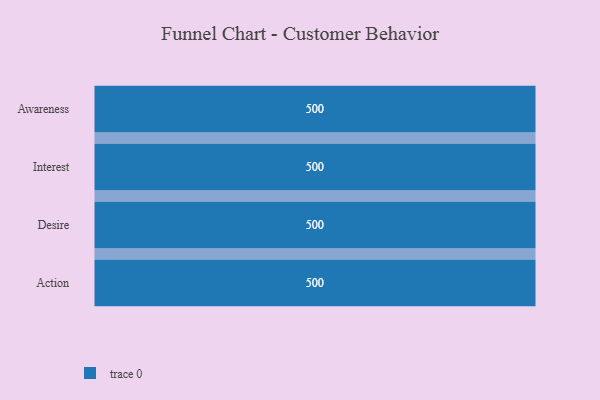
{"axis": {"x": "Stage", "y": "Value"}, "legend": [""], "data": [{"x": "Awareness", "y": 500, "type": ""}, {"x": "Interest", "y": 500, "type": ""}, {"x": "Desire", "y": 500, "type": ""}, {"x": "Action", "y": 500, "type": ""}]}